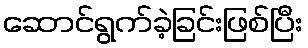
ဆောင်ရွက်ခဲ့ခြင်းဖြစ်ပြီး